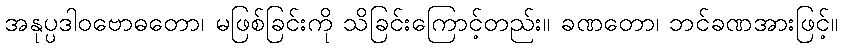
အနုပ္ပဒါဝဗောဓတော၊ မဖြစ်ခြင်းကို သိခြင်းကြောင့်တည်း။ ခဏတော၊ ဘင်ခဏအားဖြင့်။